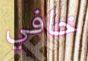
خافي